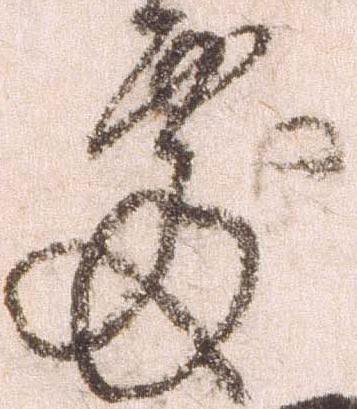
処